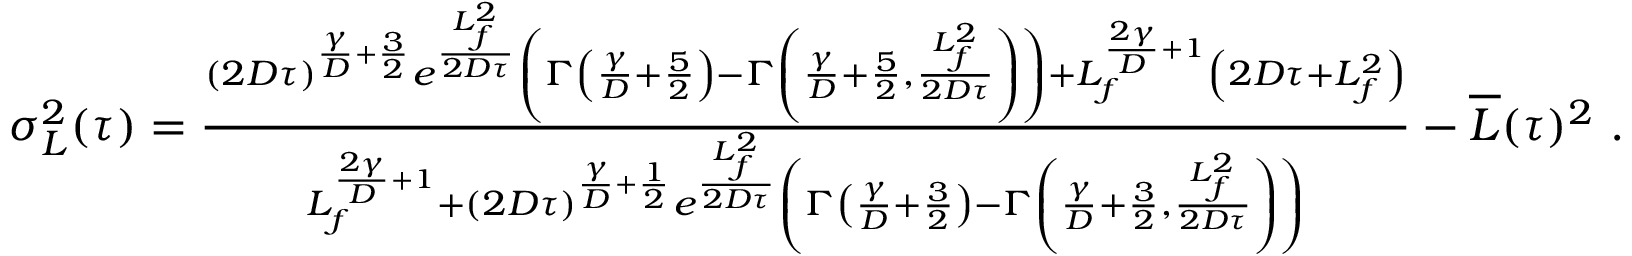
\begin{array} { r } { \sigma _ { L } ^ { 2 } ( \tau ) = \frac { ( 2 D \tau ) ^ { \frac { \gamma } { D } + \frac { 3 } { 2 } } e ^ { \frac { L _ { f } ^ { 2 } } { 2 D \tau } } \left( \Gamma \left( \frac { \gamma } { D } + \frac { 5 } { 2 } \right) - \Gamma \left( \frac { \gamma } { D } + \frac { 5 } { 2 } , \frac { L _ { f } ^ { 2 } } { 2 D \tau } \right) \right) + L _ { f } ^ { \frac { 2 \gamma } { D } + 1 } \left( 2 D \tau + L _ { f } ^ { 2 } \right) } { L _ { f } ^ { \frac { 2 \gamma } { D } + 1 } + ( 2 D \tau ) ^ { \frac { \gamma } { D } + \frac { 1 } { 2 } } e ^ { \frac { L _ { f } ^ { 2 } } { 2 D \tau } } \left( \Gamma \left( \frac { \gamma } { D } + \frac { 3 } { 2 } \right) - \Gamma \left( \frac { \gamma } { D } + \frac { 3 } { 2 } , \frac { L _ { f } ^ { 2 } } { 2 D \tau } \right) \right) } - \overline { { L } } ( \tau ) ^ { 2 } \ . } \end{array}